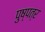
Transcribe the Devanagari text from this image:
पुष्पत्र